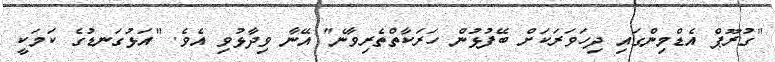
"ގުރޫޕް އެޑްމިންގައި ދިހަވަރަކަށް ބޭފުޅުން ހަރަކާތްތެރިވާނެ" އޭނާ ވިދާޅުވި އެވެ. "އަޅުގަނޑުގެ ކަމަކީ